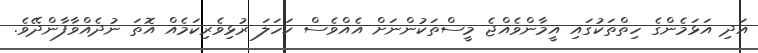
އަދި އަޅަމެންގެ ހިތްތަކުގައި އީމާންވެއްޖެ މީސްތަކުންނަށް އެއްވެސް ކަހަލަ ރުޅިވެރިކަމެއް އޮތަ ނުދެއްވާފާންދޭވެ.